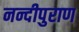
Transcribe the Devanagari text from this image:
नन्दीपुराण